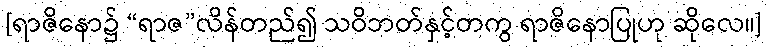
[ရာဇိနော၌ “ရာဇ”လိန်တည်၍ သဝိဘတ်နှင့်တကွ ရာဇိနောပြုဟု ဆိုလေ။]